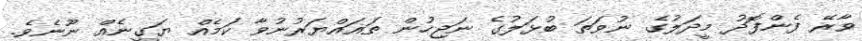
ވާރޭ ފެންފޮދު މީދަލުގެ ނުވަތަ ބުޅަލުގެ ނަޖިހުން ތަޣައްޔަރުނުވާ ކަމެއް ޔަގީނެއް ނޫނެވެ.